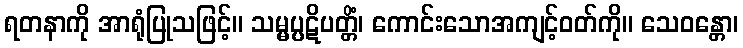
ရတနာကို အာရုံပြုသဖြင့်။ သမ္မပ္ပဋိပတ္တိံ၊ ကောင်းသောအကျင့်ဝတ်ကို။ သေဝန္တော၊